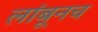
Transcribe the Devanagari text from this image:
लांबूनच